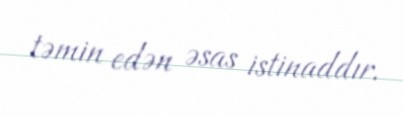
təmin edən əsas istinaddır.